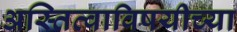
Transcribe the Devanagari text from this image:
अस्तित्वाविषयीच्या